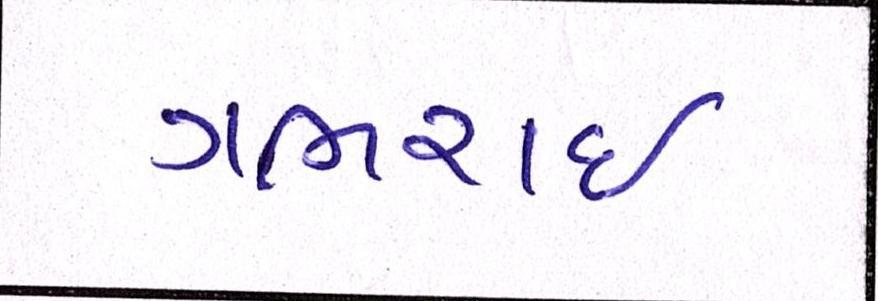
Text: ગભરાઇ